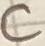
Text: C